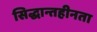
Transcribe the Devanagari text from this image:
सिद्धान्तहीनता